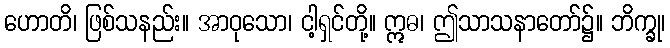
ဟောတိ၊ ဖြစ်သနည်း။ အာဝုသော၊ ငါ့ရှင်တို့။ ဣဓ၊ ဤသာသနာတော်၌။ ဘိက္ခု၊